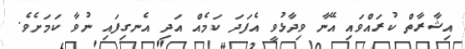
އިޝާރާތް ކުރައްވައި އޭނާ ވިދާޅުވީ އެފަދަ ކަމެއް އަދި އެނގިފައި ނުވާ ކަމަށެވެ.